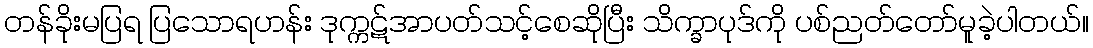
တန်ခိုးမပြရ ပြသောရဟန်း ဒုက္ကဋ်အာပတ်သင့်စေဆိုပြီး သိက္ခာပုဒ်ကို ပစ်ညတ်တော်မူခဲ့ပါတယ်။